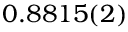
0 . 8 8 1 5 ( 2 )